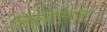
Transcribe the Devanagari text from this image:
प्रस्तरप्रतिमाओं